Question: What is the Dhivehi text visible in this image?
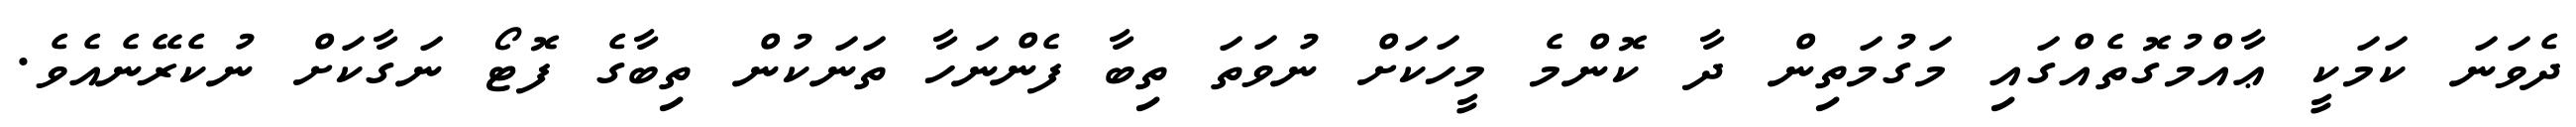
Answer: ދެވަނަ ކަމަކީ ޢާއްމުގޮތެއްގައި މަގުމަތިން ދާ ކޮންމެ މީހަކަށް ނުވަތަ ތިބާ ފެންނަހާ ތަނަކުން ތިބާގެ ފޮޓޯ ނަގާކަށް ނުކެރޭނެއެވެ.